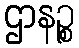
ဌာနဉ္စ